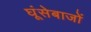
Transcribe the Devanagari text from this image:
घूंसेबाजों